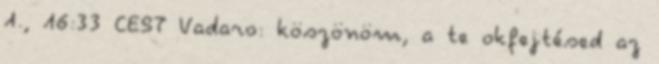
1., 16:33 CEST Vadaro: köszönöm, a te okfejtésed az